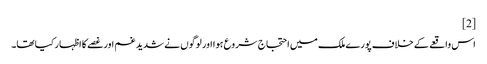
[2]
اس واقعے کے خلاف پورے ملک میں احتجاج شروع ہوا اور لوگوں نے شدید غم اور غصے کا اظہار کیا تھا۔